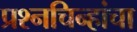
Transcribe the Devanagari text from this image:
प्रश्‍नचिन्हांचा